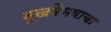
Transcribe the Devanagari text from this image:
सुखवैभवाचा